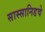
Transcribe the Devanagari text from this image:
सास्सानिडचे